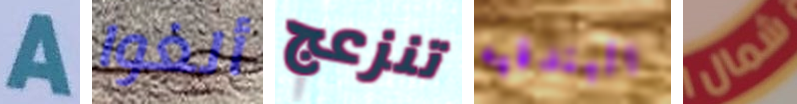
A ألغوا تنزعج البندقيه شمال